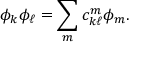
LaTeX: \phi _ { k } \phi _ { \ell } = \sum _ { m } c _ { k \ell } ^ { m } \phi _ { m } .